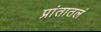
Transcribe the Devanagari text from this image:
प्रांतातलं